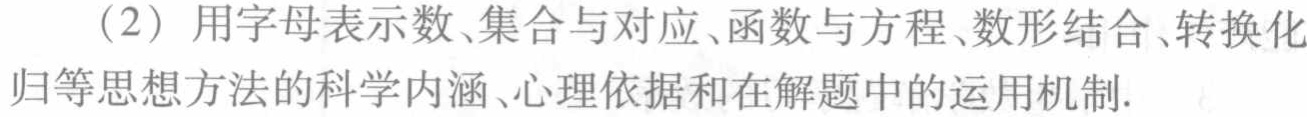
（2）用字母表示数、集合与对应、函数与方程、数形结合、转换化归等思想方法的科学内涵、心理依据和在解题中的运用机制.